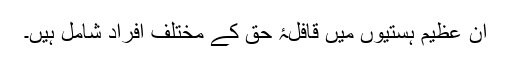
ان عظیم ہستیوں میں قافلۂ حق کے مختلف افراد شامل ہیں۔